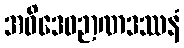
အဓိဒေဝဉာဏဒဿနံ